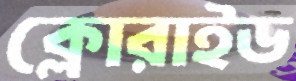
ক্লোরাইড